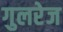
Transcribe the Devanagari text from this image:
गुलरेज